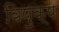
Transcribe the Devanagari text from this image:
विपुक्ष